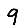
Digit: 9